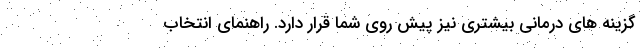
گزینه های درمانی بیشتری نیز پیش روی شما قرار دارد. راهنمای انتخاب